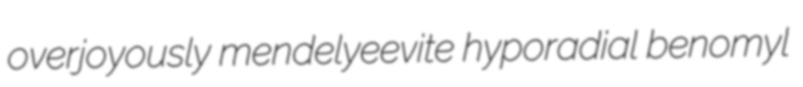
overjoyously mendelyeevite hyporadial benomyl